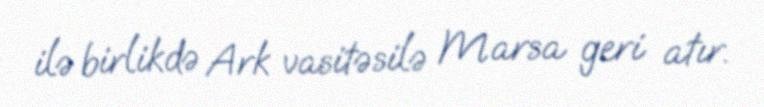
ilə birlikdə Ark vasitəsilə Marsa geri atır.